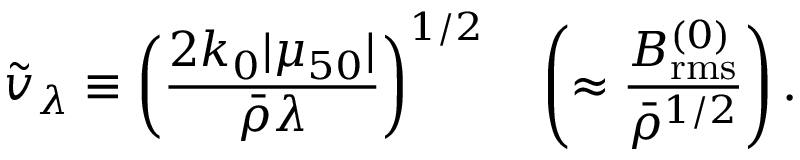
\tilde { v } _ { \lambda } \equiv \left( \frac { 2 k _ { 0 } | \mu _ { 5 0 } | } { { \bar { \rho } } \lambda } \right) ^ { 1 / 2 } \quad \left( \approx \frac { B _ { \mathrm { r m s } } ^ { ( 0 ) } } { { \bar { \rho } } ^ { 1 / 2 } } \right) .